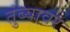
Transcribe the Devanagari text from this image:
तुंब्यावर